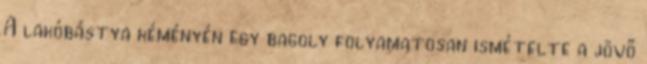
A lakóbástya kéményén egy bagoly folyamatosan ismételte a jövő